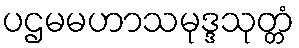
ပဌမမဟာသမုဒ္ဒသုတ္တံ